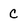
Character: C